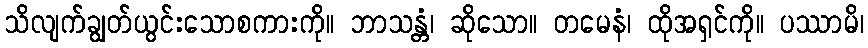
သိလျက်ချွတ်ယွင်းသောစကားကို။ ဘာသန္တံ၊ ဆိုသော။ တမေနံ၊ ထိုအရှင်ကို။ ပဿာမိ၊